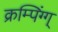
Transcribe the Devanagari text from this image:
क्रम्पिंग्ग्